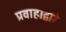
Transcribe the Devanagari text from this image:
प्रवाहाद्वारे